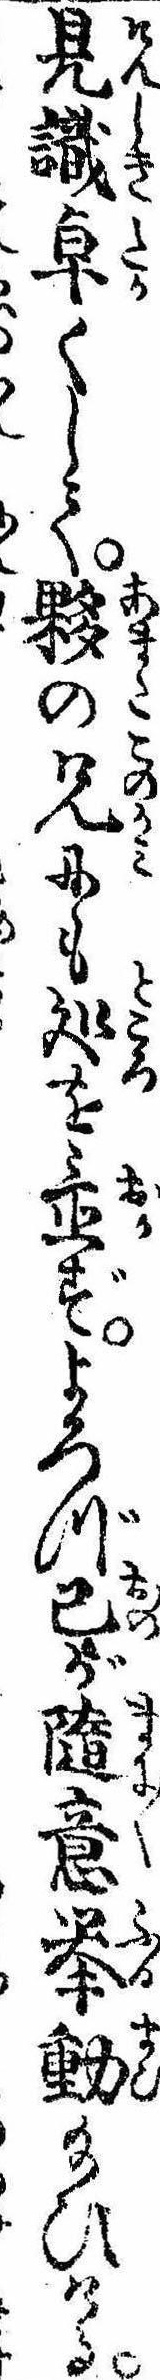
見識卓くして夥の兄にも処を置ずよろづ己が随意挙動給ひける